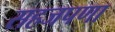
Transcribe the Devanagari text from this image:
सहजपणा